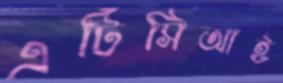
এটিসিআই